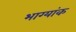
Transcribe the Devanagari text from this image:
भाग्यांक